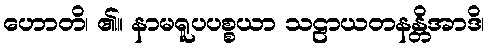
ဟောတိ၊ ၏။ နာမရူပပစ္စယာ သဠာယတနန္တိအာဒိ၊